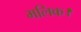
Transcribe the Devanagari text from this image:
मलिक।